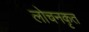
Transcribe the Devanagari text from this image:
लोचनकृत